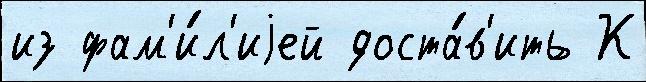
из фам'и́л'иjей доста́в'ить К